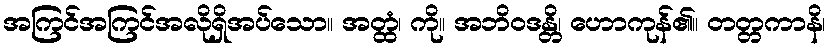
အကြင်အကြင်အလိုရှိအပ်သော။ အတ္ထံ၊ ကို။ အဘိဝဒန္တိ၊ ဟောကုန်၏။ တတ္တကာနိ၊